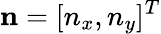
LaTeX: \textbf{n}=[n_{x},n_{y}]^{T}